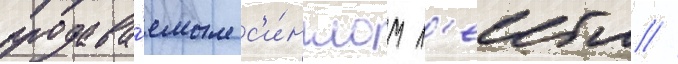
продава́емым с'и́нглом л'еибла //